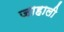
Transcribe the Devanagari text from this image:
जाहाली